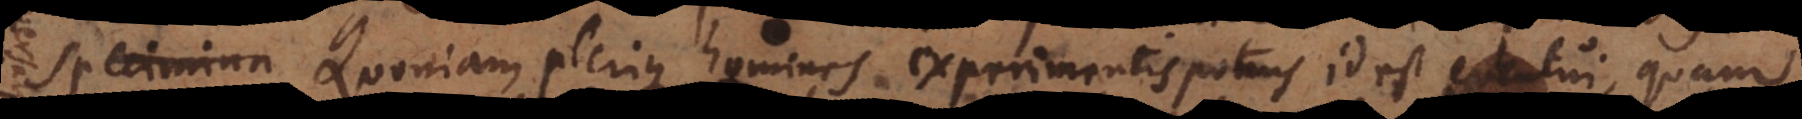
s Quoniam plerique homines experimentis potius, id est eventui, quam